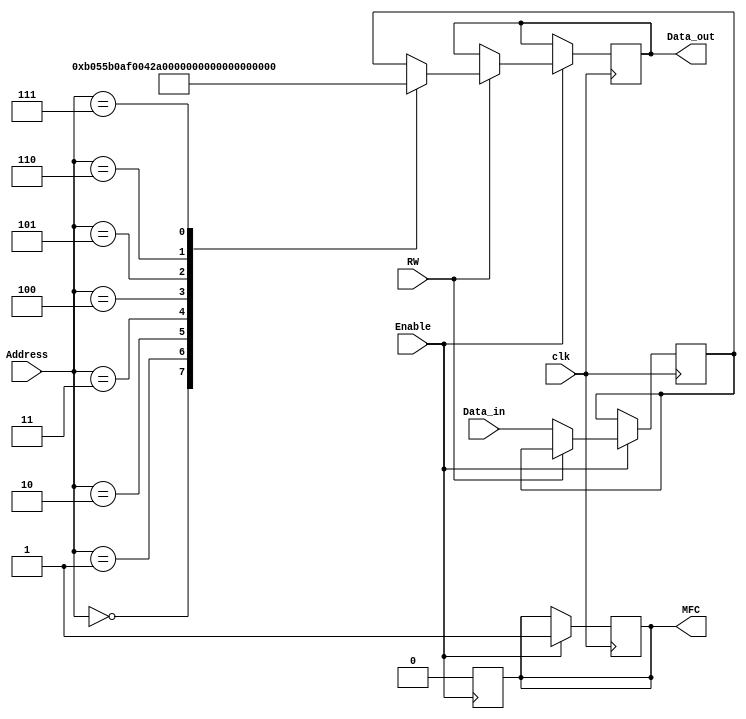
// Memory Module for MircroController
// System Synthesis and Modeling Final Project
// Due Date: 12/08/22
//*****************************************************************************************

// Modelsim-ASE requires a timescale directive
`timescale 10ns / 1ns

module Memory(clk, Data_out, MFC, RW, Enable, Address, Data_in);
// Inputs
	input 					clk, RW, Enable;
	input 			[15:0]	Address, Data_in;
// Outputs
	output 	reg		[15:0]	Data_out;
	output	reg				MFC;
			reg		[15:0]	MemCell;
	
always @(posedge clk)
	begin
		if(Enable)
			begin
			if (RW)
				begin
					case(Address)
						16'd0:	Data_out = 16'b1011000001010101;	// Movi 	| R1 	 | #15 
																	// 1011		| 000001 |	
						16'd1:	Data_out = 16'b1011000010101111;	// Movi 	| R2	 | #2F		
																	// 1011		| 000010 |						
						16'd2:	Data_out = 16'b0000000001000010;	// ADD	 	| R1	 | R2	
																	// 0000		| 000001 | 000010						
						16'd3:	Data_out = 16'b1010000011000001;	// MOV	 	| P0 	 | R1		
																	// 1010		| 000011 | 000001
						16'd4:	Data_out = 16'b0110000010000001;	// XOR		| R2	 | R1
																	// 0110		| 000010 | 000001
						16'd5:	Data_out = 16'b0010000010000000;	// NOT 		| R2     | ***	
																	// 0010		| 000010 | 000000						
						16'd6:	Data_out = 16'b1101000011000010;	// Store	| P0	 | (R2) 		
																	// 1101		| 000011 |						
						16'd7:	Data_out = 16'b1100000010000000;	// Load		| (R2)	 | R0	
																	// 1100		| 000010 | 000000					  
					  default:	Data_out = MemCell;
					endcase
				end
			else
				begin
					MemCell = Data_in;
				end
			#8 MFC = 1;
			end
	end

always @(negedge Enable)
	begin
		MFC = 0;
	end
endmodule